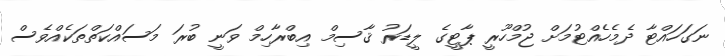
ނަގަހައްޓާ ދެމެހެއްޓުމަށް ޖުމްހޫރީ ޕާޓީގެ ލީޑަރު ޤާސިމް އިބްރާހިމް ވަނީ ބުރަ މަސައްކަތްތަކެއްވެސް